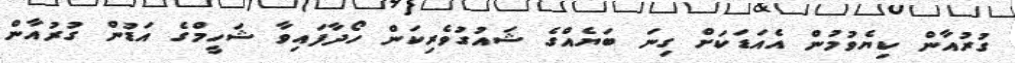
ގުރުއާން ކިޔެވުމުން އެއަޑަކަށް ގިނަ ބަޔެއްގެ ޝައުގުވެރިކަން ހޯދާފައިވާ ޝަހީމްގެ އަޑުން ގުރުއާން